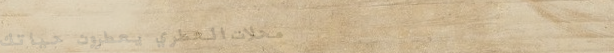
محلات العطري يعطرون حياتك